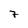
Character: 7